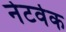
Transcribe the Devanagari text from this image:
नेटर्वक